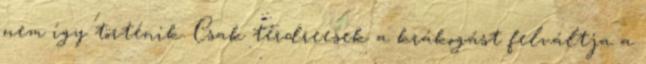
nem így történik. Csak térdreesek a krákogást felváltja a